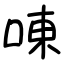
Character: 㖦